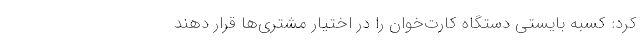
کرد: کسبه بایستی دستگاه کارت‌خوان را در اختیار مشتری‌ها قرار دهند